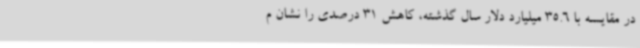
در مقایسه با 35.6 میلیارد دلار سال گذشته، کاهش 31 درصدی را نشان م